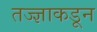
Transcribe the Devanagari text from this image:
तज्‍ज्ञाकडून